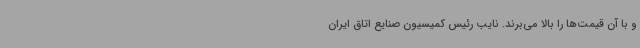
و با آن قیمت‌ها را بالا می‌برند. نایب رئیس کمیسیون صنایع اتاق ایران